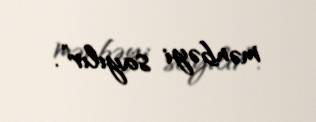
mənbəyi sayılır”.